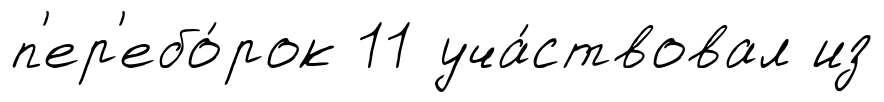
п'ер'ебо́рок 11 уча́ствовал из